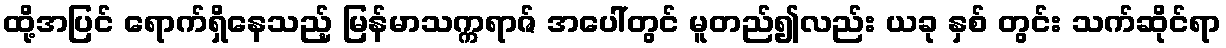
ထို့အပြင် ရောက်ရှိနေသည့် မြန်မာသက္ကရာဇ် အပေါ်တွင် မူတည်၍လည်း ယခု နှစ် တွင်း သက်ဆိုင်ရာ